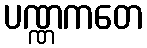
ပဏ္ဏကတေ